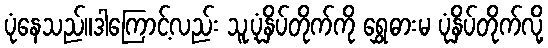
ပုံနေသည်။ဒါကြောင့်လည်း သူ့ပုံနှိပ်တိုက်ကို ရွှေဓားမ ပုံနှိပ်တိုက်လို့